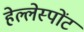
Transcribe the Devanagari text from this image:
हेल्लेस्पोंट